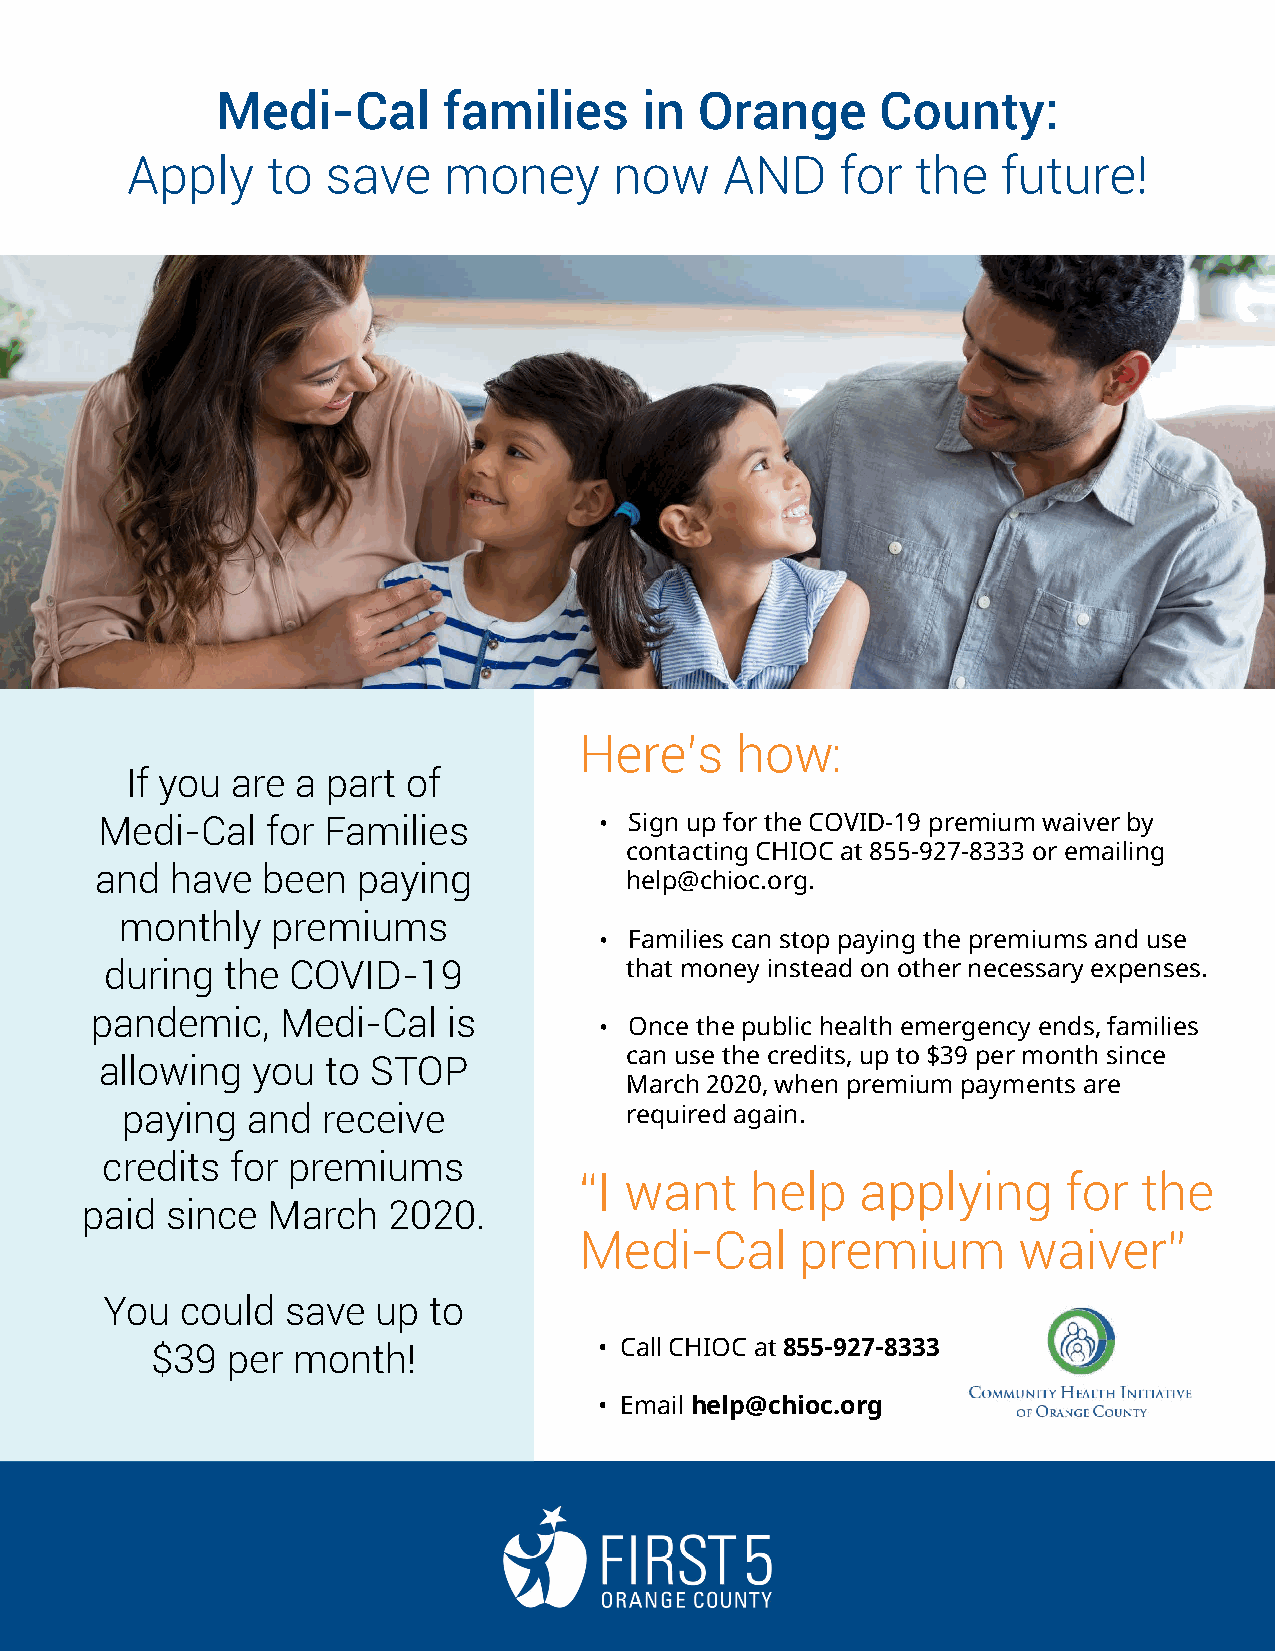
Medi-Cal       families     in  Orange      County:
 Apply     to  save   money       now    AND     for  the  future!
 Here’s     how:
 If you are  a part of
 Medi-Cal   for Families          • Sign up for the COVID-19 premium waiver by
 contacting CHIOC at 855-927-8333 or emailing
 and  have  been   paying
 help@chioc.org.
 monthly   premiums
 • Families can stop paying the premiums and use
 during  the COVID-19              that money instead on other necessary expenses.
 pandemic,    Medi-Cal   is
 • Once the public health emergency ends, families
 can use the credits, up to $39 per month since
 allowing  you  to STOP
 March 2020, when premium payments are
 paying  and  receive             required again.
 credits for premiums
 “I want     help   applying      for  the
 paid  since  March   2020.
 Medi-Cal       premium       waiver”
 You  could  save  up to
 $39  per month!               • Call CHIOC at 855-927-8333
 • Email help@chioc.org